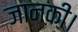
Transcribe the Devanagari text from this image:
जानकी।